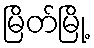
မြိတ်မြို့